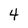
Character: 4